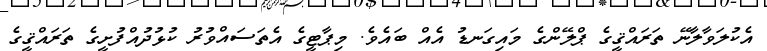
އެކުލަވާލާނޭ ތަރައްޤީގެ ޕްލޭންގެ މައިގަނޑު އެއް ބައެވެ. މިޕާޓީގެ އެތަސައްވުރު ކުޅުދުއްފުށީގެ ތަރައްޤީގެ